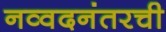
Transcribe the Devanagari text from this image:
नव्वदनंतरची